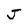
Character: J